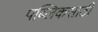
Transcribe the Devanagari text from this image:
पब्लिकसाठी